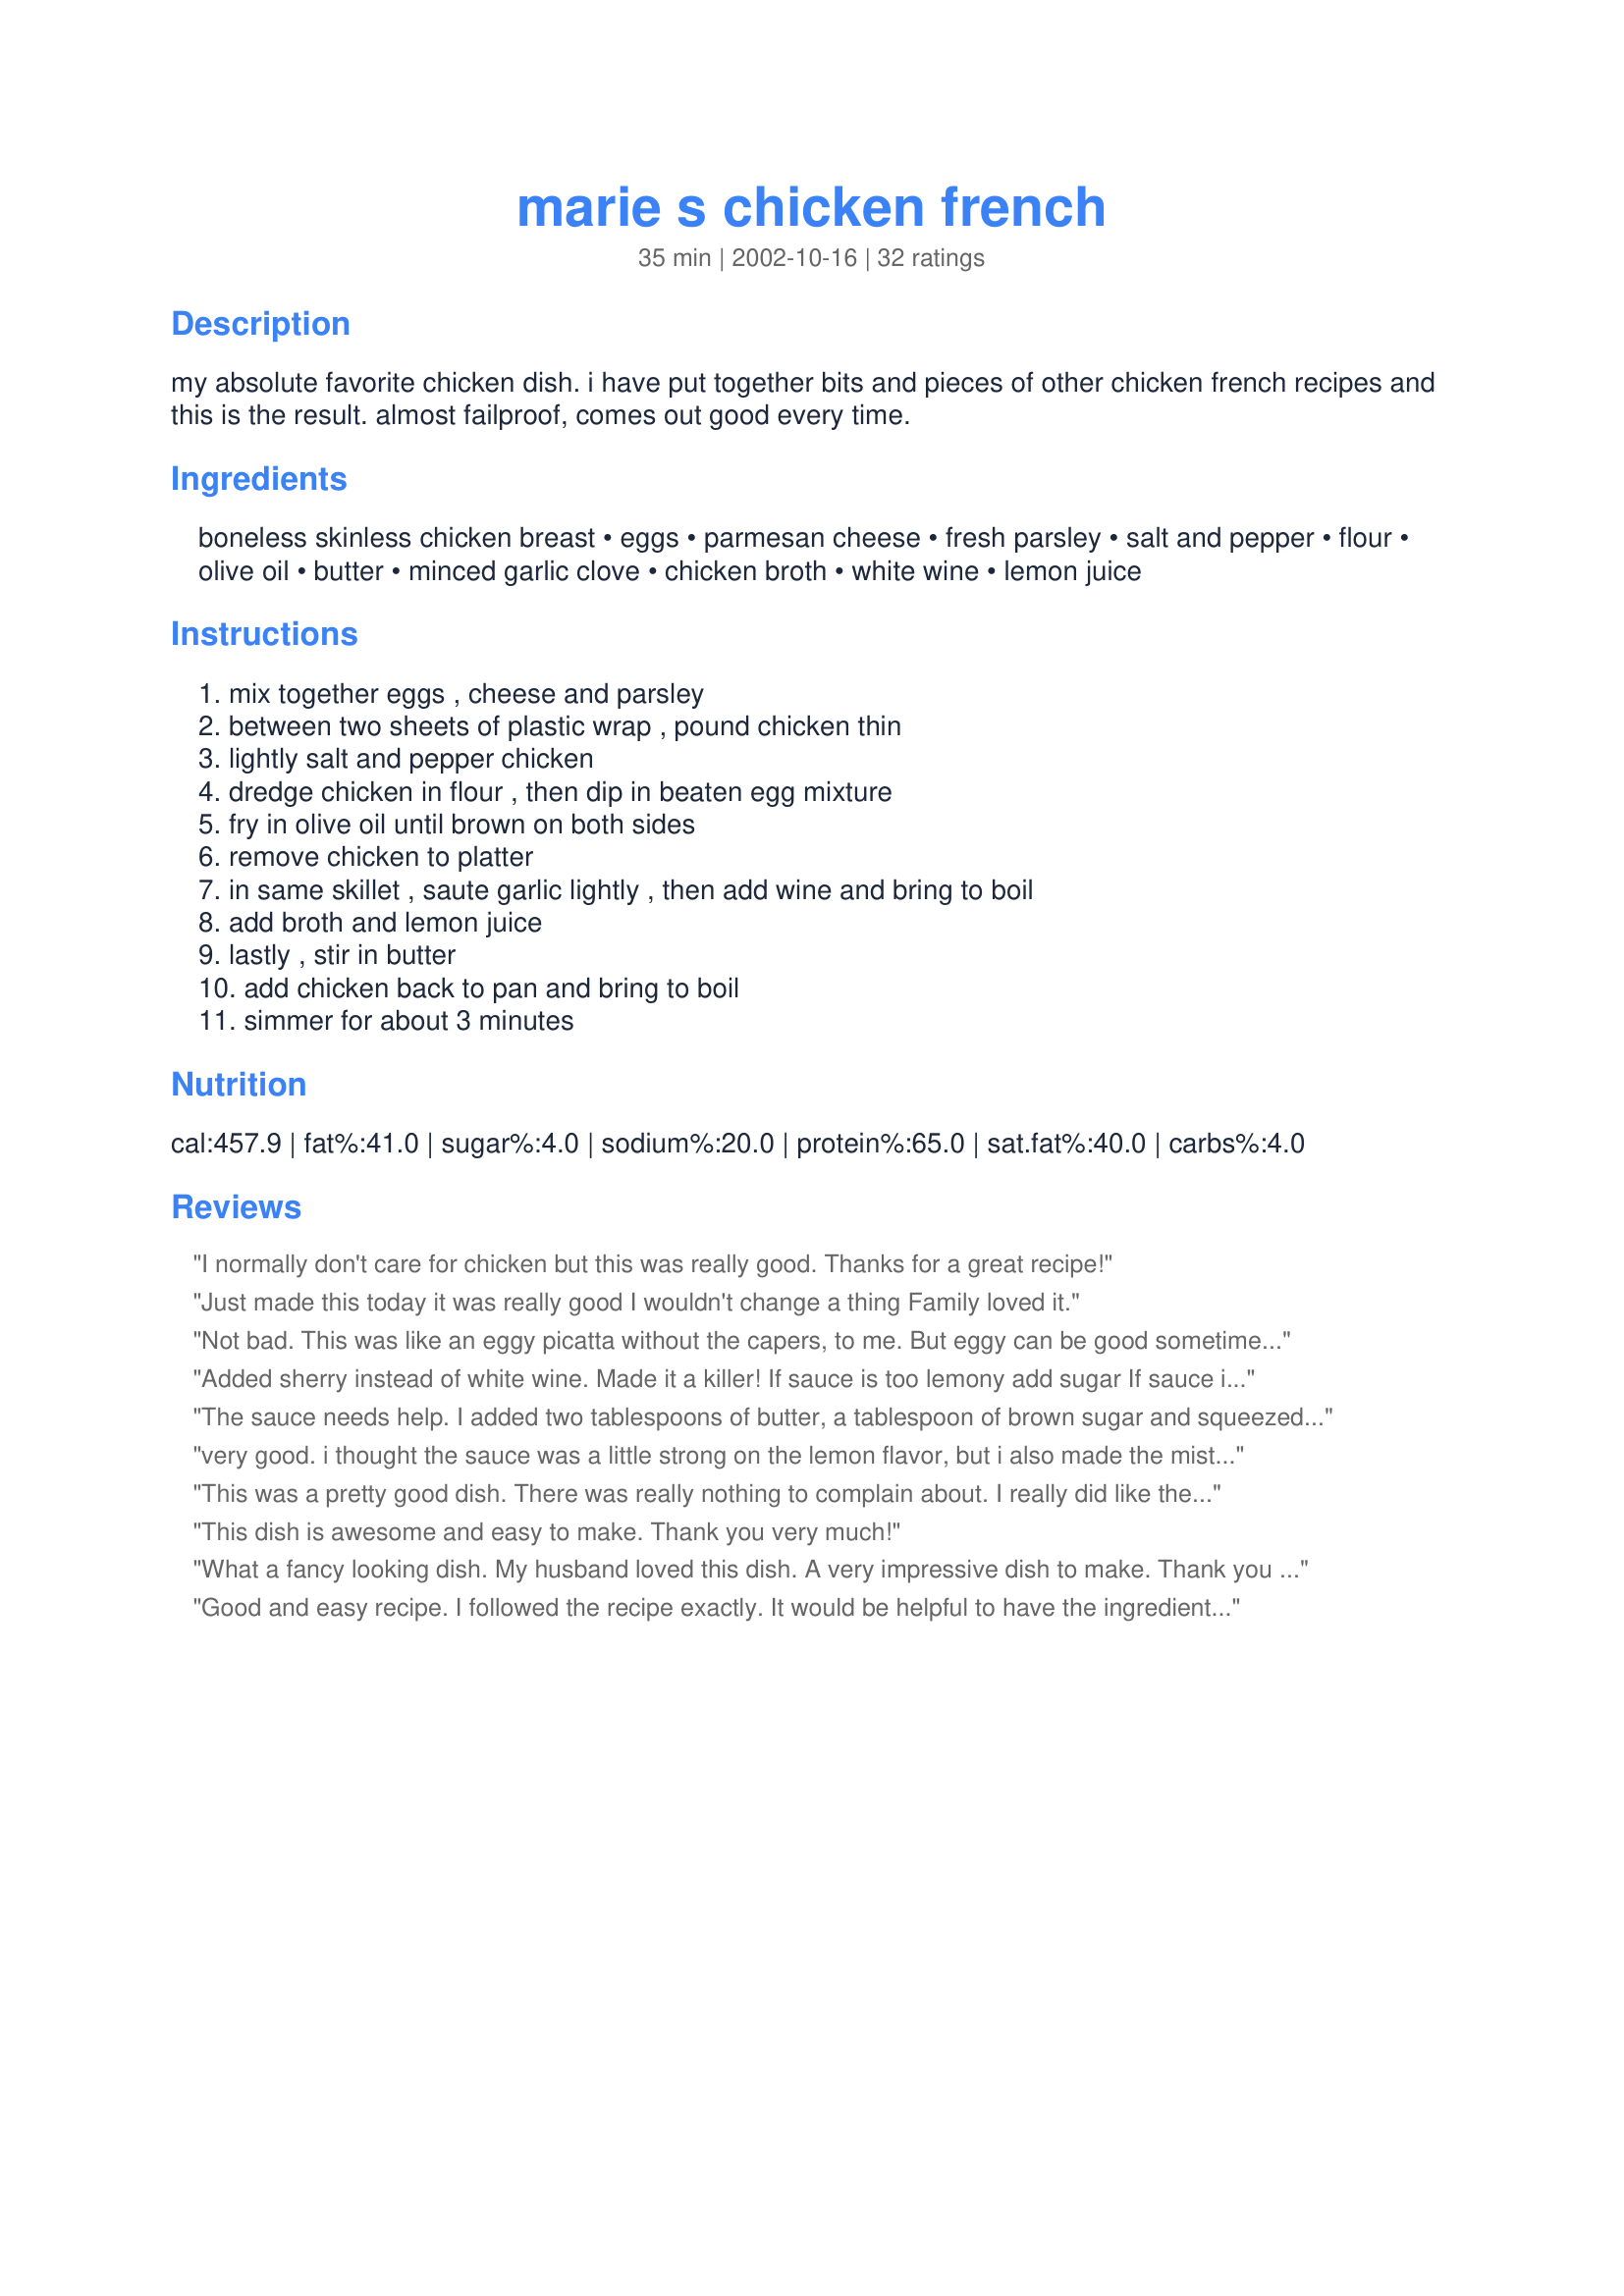
marie s chicken french
Preparation time: 35 minutes

my absolute favorite chicken dish. i have put together bits and pieces of other chicken french recipes and this is the result. almost failproof, comes out good every time.

Ingredients:
boneless skinless chicken breast, eggs, parmesan cheese, fresh parsley, salt and pepper, flour, olive oil, butter, minced garlic clove, chicken broth, white wine, lemon juice

Steps:
mix together eggs , cheese and parsley, between two sheets of plastic wrap , pound chicken thin, lightly salt and pepper chicken, dredge chicken in flour , then dip in beaten egg mixture, fry in olive oil until brown on both sides, remove chicken to platter, in same skillet , saute garlic lightly , then add wine and bring to boil, add broth and lemon juice, lastly , stir in butter, add chicken back to pan and bring to boil, simmer for about 3 minutes

Reviews:
I normally don't care for chicken but this was really good. Thanks for a great recipe!
Just made this today it was really good I wouldn't change a thing Family loved it.
Not bad. This was like an eggy picatta without the capers, to me. But eggy can be good sometimes. Perhaps I'll try it again sometime. Thanks, Marie!
Added sherry instead of white wine. Made it a killer! If sauce is too lemony add sugar If sauce is too sweet add lemon
The sauce needs help. I added two tablespoons of butter, a tablespoon of brown sugar and squeezed another lemon into it.
very good. i thought the sauce was a little strong on the lemon flavor, but i also made the mistake of letting the sauce boil down a little too long, in hopes that it'd get thicker. i will try this again, and maybe cut the lemon juice just a tad, and reduce cooking time. i also substituted egg beaters for the egg, and i thought the egg crust was extremely tasty!
This was a pretty good dish. There was really nothing to complain about. I really did like the eggy crust.
This dish is awesome and easy to make. Thank you very much!
What a fancy looking dish. My husband loved this dish. A very impressive dish to make. Thank you for posting.
Good and easy recipe. I followed the recipe exactly. It would be helpful to have the ingredients in order of addition in the recipe.
this was just ok to me. Overall I found it to be bland. Too much lemon juice, and needs to be seasoned w/ salt and pepper---I added that to the flour. It was quick and easy, but lacking something, to my palate.
I made this for supper tonight and my wife and I really enjoyed it. She said she couldn't taste the lemon but I however, thought there was enough. The only change was that I used 1/8 cup Parmesan and 1/8 cup Picorino Romano cheese. Mainly because I prefer Picorino over Parmesan.
I plan on trying this with artichokes next!
Thanks again!
I loved this recipe! I wanted more lemon so I increased mine to 1/2 cup of lemon juice and also increased the wine to 3/4 cup. I love my chicken french in a thicker sauce so I also added a little flour & water to the sauce. I have given this recipe out to many friends and family :-)
I thought this was quite good. Very fast and easy to make also. I've never had anything quite like it, thought it was quite unusual, but nice. Thank you.
This made wonderful, tender, flavorful chicken breasts! Loved it! I made some slight changes...I used mozzarella cheese instead of parmesean only because that is all that I had on hand (as good as it turned out, I think it would probably be even better with Parmesan). I also added some garlic salt, black pepper, and cayenne pepper to the egg mixture. It was excellent - I will defintely be making again!
Great recipe! Made it for my daughter and all of her friends for Jr. Prom dinner, it was a huge hit!
Simple and delicious!!
So easy & yet so delicious! Other than scaling the recipe in half, I followed the instructions verbatim. I served the chicken & the sauce on a bed of plain steamed rice with a side of broccoli. Thanx Marie!
I increased the garlic and left the chicken in the pan while the garlic was cooking.I also increased the wine and cut back on the lemon juice. I had to cook it longer as I had very large pieces of chicken but it was a very tasty dish.Even my 12 yr old,who thinks he can live on spaghetti,commented on how good it was. Thanks!
I made this for dinner and substituted turkey breasts for the chicken. It was delicious. I live in Texas, and I have never seen this dish on the menu at any restaurant.
I'm not the greatest cook but I love Chicken French so I thought I'd give it a try. It was so easy and very delicious! I will make this recipe over and over again. By far, the best I've had and I did it myself!!
Found this recipe and it is the only chicken french recipe i will EVER use !!! Tastes amazing and is a fan favorite in my household
I loved the flavor from the wine, but I wasn't big on the egg coating. The chicken was nice and tender. My kids seemed to like it too.
This recipe is excellent. I did have to omit the wine and cut back on the lemon juice to about 1 Tbl. due to a fructose intolerance, but this is one of my new favorites! My daughter said it tasted like "flavor blasted chicken from a restaurant". Thanks Marie!
I think I would have liked this a lot more if I served it over pasta instead of rice. However, it too reminded me of chicken picatta, but with an egg coating. Not that there is anything wrong with that! I too added capers and I think fresh parsley would have been nice as well.
My favorite meal is Chicken French. I thought I needed to find a recipe so I could have it at home. I have been using this receipe for a good while now and it is simple, inexpensive, and delicious. Everyone that I make this for just loves it! The only thing I do differently is double the liquid portion so I have enough to serve over pasta and dip a nice french bread into. Kudos for this receipe.
I made this for supper tonight.
It was EXCELLENT! I added capers but followed the recipe.It turned out just like the picture.Thanks for sharing.
This is was great! My whole family loved it, I can't wait to cook it again, and it was really simple to make too.
I have never had Chicken French before and so had no idea what to expect other than what I could garner from reading the recipe. Now that I have tried it I'll share my impressions. The egg coating is quite substantial. The sauce is fairly tart with lemon and relatively thin. There is definitely enough of it to use over a side dish of one kind or another. The chicken remained very moist and tender. I noticed in clearing the table after dinner that Dh didn't even use his knife.
I really enjoyed the chicken prepared this way! It was very moist and tender and the flavor was perfect! It was very simple to prepare. I didn't make any changes and wouldn't. I served this with white rice and steamed broccoli. Thanks Marie for another winner!
My son in Florida called as I was going out the door and wanted my Chicken French recipe. I didn't have time to find it, so I looked on Zaar and found yours. It's really a Western New York dish, so I wasn't too hopeful, but there it was! Just as good as ever! I think he tweaked the sauce amounts a bit, but everyone likes more or less lemon, garlic, etc. Thanks Marie!
Yum! Adding more butter next time. Also used a cornstarch slurry to thicken before serving over pasta. Thank you so much!
Fantastic recipe! We really loved this dish, although we did have to make some substitutions due to no white wine. Thank you!
